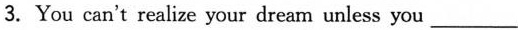
3. You can't realize your dream unless you ___